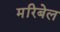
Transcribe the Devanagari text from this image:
मरिबेल